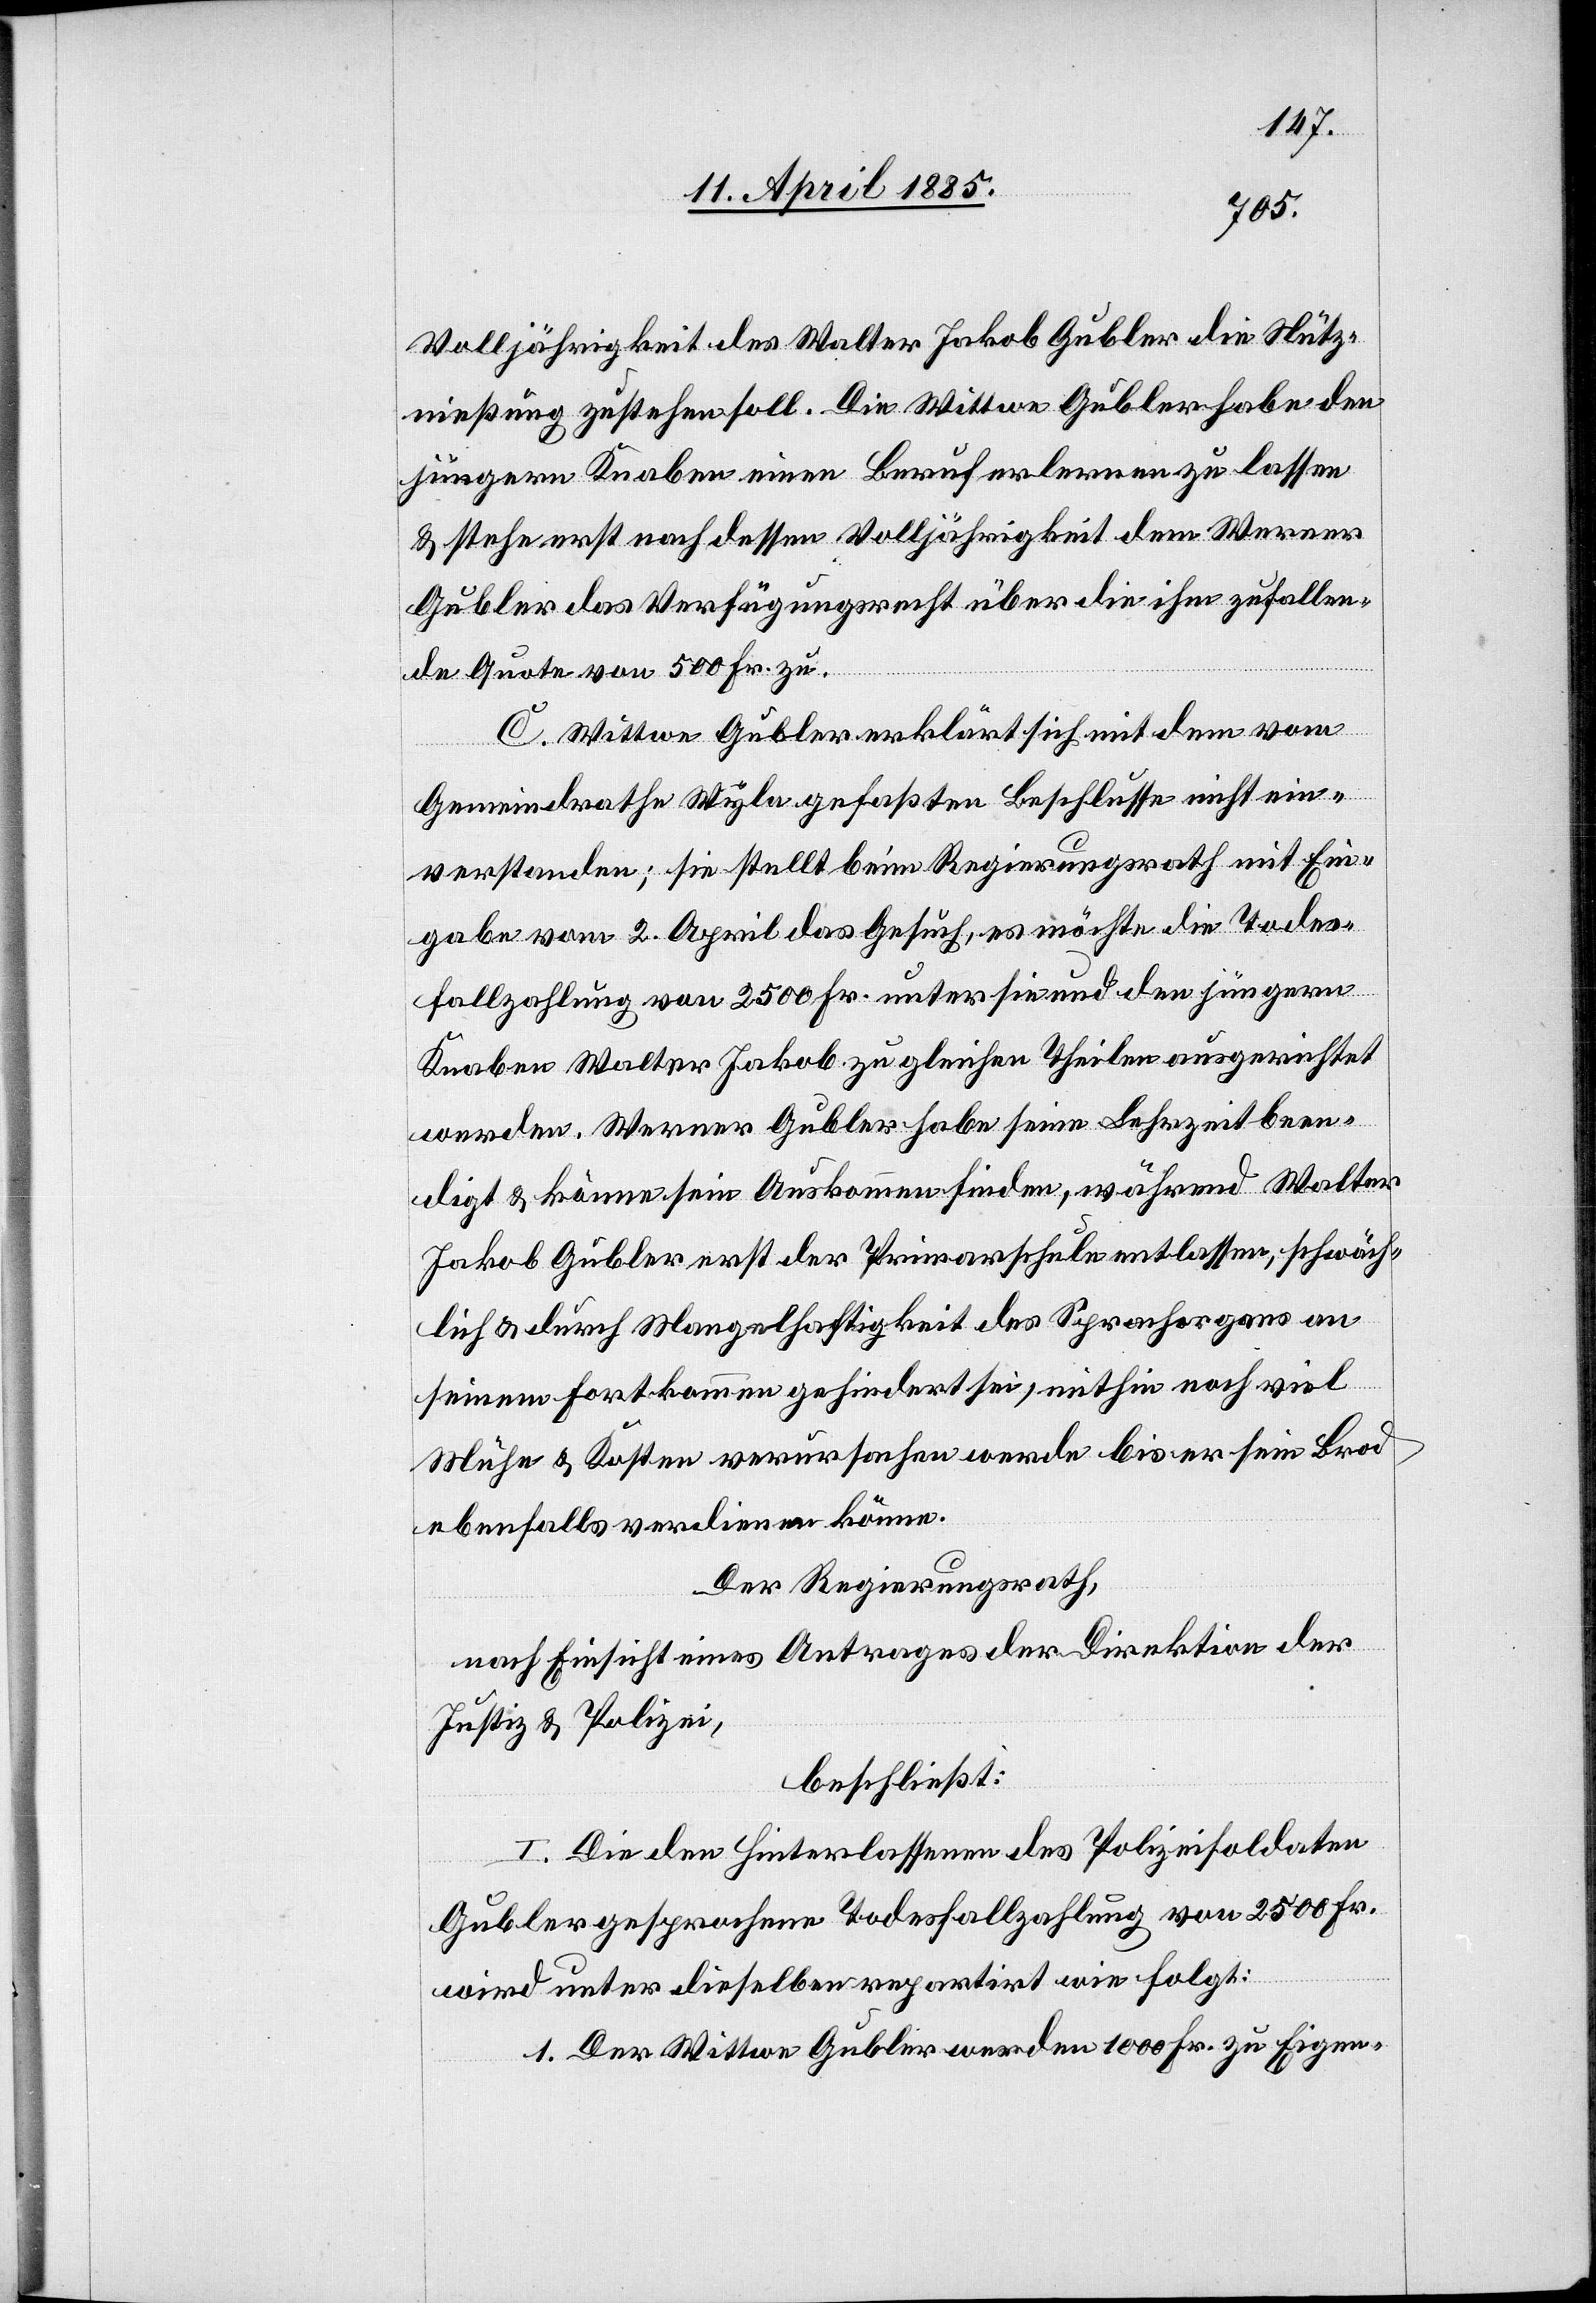
Volljährigkeit des Walter Jakob Gubler die Nutz¬
nießung zustehen soll. Die Wittwe Gubler habe den
jüngern Knaben einen Beruf erlernen zu lassen
& stehe erst nach dessen Volljährigkeit dem Werner
Gubler das Verfügungsrecht über die ihm zufallen¬
de Quote von 500 Fr. zu.
C. Wittwe Gubler erklärt sich mit dem vom
Gemeindrathe Wyla gefaßten Beschlusse nicht ein¬
verstanden; sie stellt beim Regierungsrath mit Ein¬
gabe vom 2. April das Gesuch, es möchte die Todes¬
fallzahlung von 2500 Fr. unter sie und den jüngern
Knaben Walter Jakob zu gleichen Theilen ausgerichtet
werden. Werner Gubler habe seine Lehrzeit been¬
det & könne sein Auskommen finden, während Walter
Jakob Gubler erst der Primarschule entlassen, schwäch¬
lich & durch Mangelhaftigkeit des Sprachorgans an
seinem Fortkommen gehindert sei, mithin noch viel
Mühe & Kosten verursachen werde bis er sein Brod
ebenfalls verdienen könne.
Der Regierungsrath,
nach Einsicht eines Antrages der Direktion der
Justiz & Polizei,
beschließt:
I. Die den Hinterlassenen des Polizeisoldaten
Gubler gesprochene Todesfallzahlung von 2500 Fr.
wird unter dieselben repartirt wie folgt:
1. Der Wittwe Gubler werden 1000 Fr. zu Eigen-